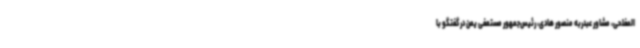
المفلحی، مشاور عبدربه منصور هادی، رئیس‌جمهور مستعفی یمن در گفتگو با